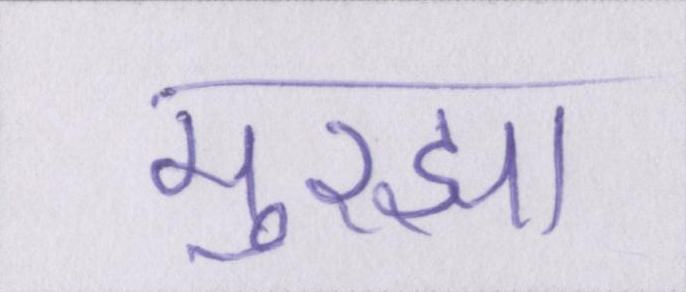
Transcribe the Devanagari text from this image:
मुरझा